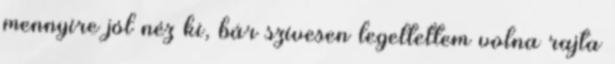
mennyire jól néz ki, bár szívesen legeltettem volna rajta